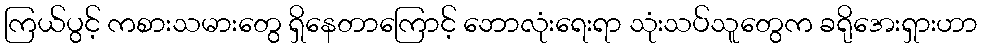
ကြယ်ပွင့် ကစားသမားတွေ ရှိနေတာကြောင့် ဘောလုံးရေးရာ သုံးသပ်သူတွေက ခရိုအေးရှားဟာ